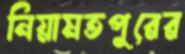
নিয়ামতপুরের